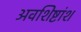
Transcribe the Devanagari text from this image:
अवशिष्टांश